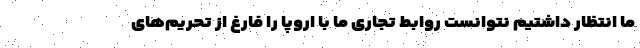
ما انتظار داشتیم نتوانست روابط تجاری ما با اروپا را فارغ از تحریم‌های